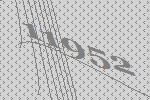
11952